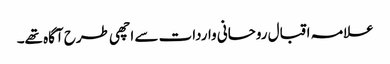
علامہ اقبال روحانی واردات سے اچھی طرح آگاہ تھے۔